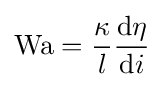
\mathrm {Wa} ={\frac {\kappa }{l}}{\frac {\mathrm {d} \eta }{\mathrm {d} i}}